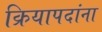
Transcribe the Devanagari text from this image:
क्रियापदांना